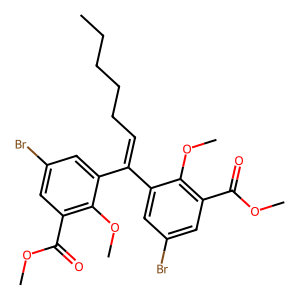
SMILES: CCCCCC=C(c1cc(Br)cc(C(=O)OC)c1OC)c1cc(Br)cc(C(=O)OC)c1OC
Inhibits HIV replication: No